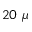
2 0 ~ \mu